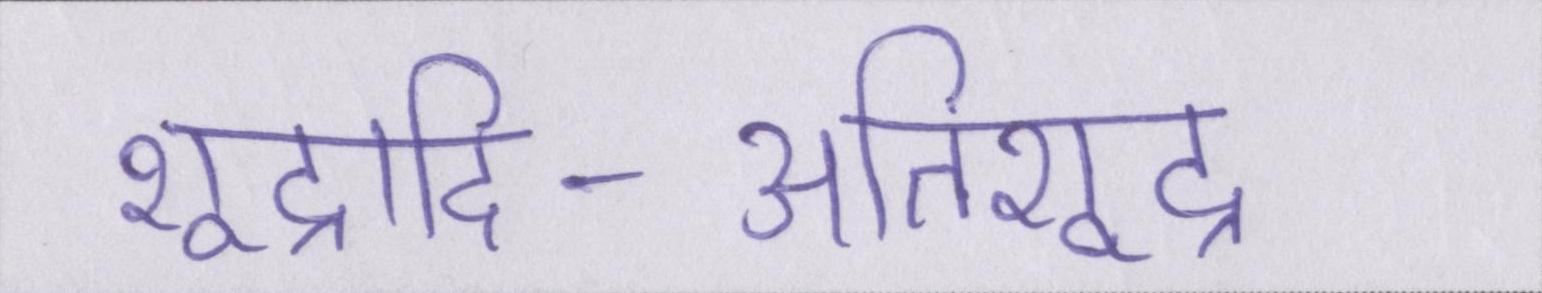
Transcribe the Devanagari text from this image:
शूद्रादि-अतिशूद्र